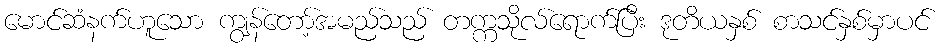
မောင်ဆံနက်ဟူသော ကျွန်တော့်အမည်သည် တက္ကသိုလ်ရောက်ပြီး ဒုတိယနှစ် စာသင်နှစ်မှာပင်